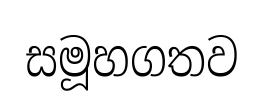
සමූහගතව